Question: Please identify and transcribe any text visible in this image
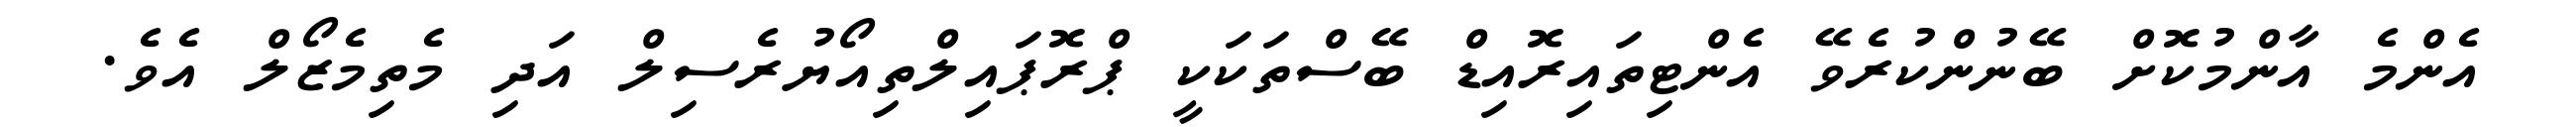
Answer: އެންމެ އާންމުކޮށް ބޭނުންކުރެވޭ އެންޓިތައިރޮއިޑް ބޭސްތަކަކީ ޕްރޮޕައިލްތިއޯޔުރެސިލް އަދި މެތިމެޒޯލް އެވެ.